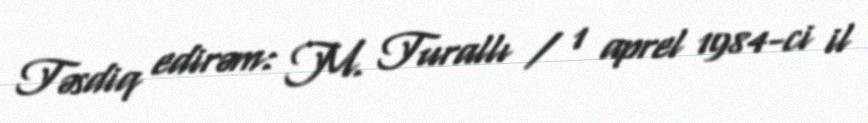
Təsdiq edirəm: M. Turallı / 1 aprel 1984-ci il